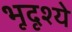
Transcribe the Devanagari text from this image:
भूदृश्ये